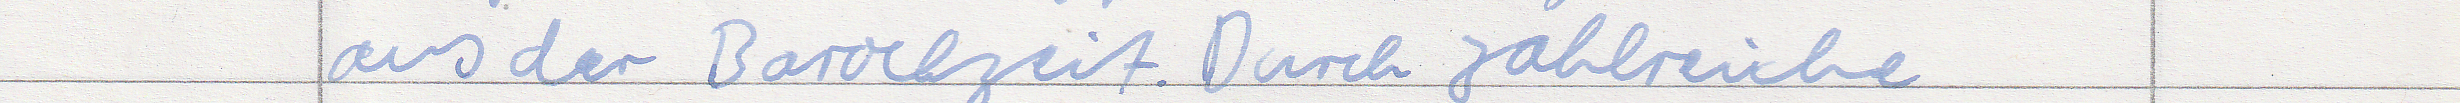
aus der Barockzeit. Durch zahlreiche